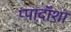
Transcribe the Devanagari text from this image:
प्पाद़ॉशा